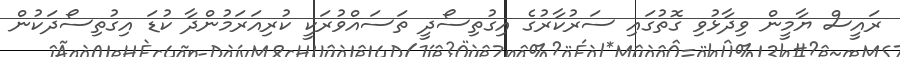
ރައީސް ޔާމީން ވިދާޅުވި ގޮތުގައި ސަރުކާރުގެ އިގުތިސޯދީ ތަސައްވުރަކީ ކުރިއަރަމުންދާ ކުޑަ އިގުތިސޯދަކުން